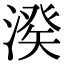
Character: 𣺍